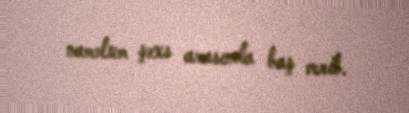
naməlum şəxs arasında baş verib.